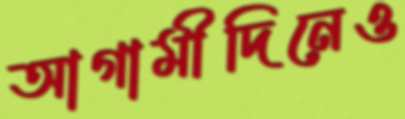
আগামীদিনেও